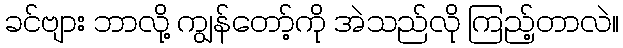
ခင်ဗျား ဘာလို့ ကျွန်တော့်ကို အဲသည်လို ကြည့်တာလဲ။